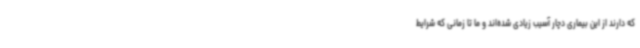
که دارند از این بیماری دچار آسیب زیادی شده‌اند و ما تا زمانی که شرایط